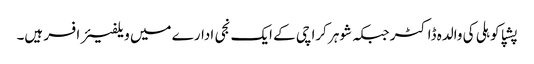
پشپا کوہلی کی والدہ ڈاکٹر جبکہ شوہر کراچی کے ایک نجی ادارے میں ویلفیئر افسر ہیں۔